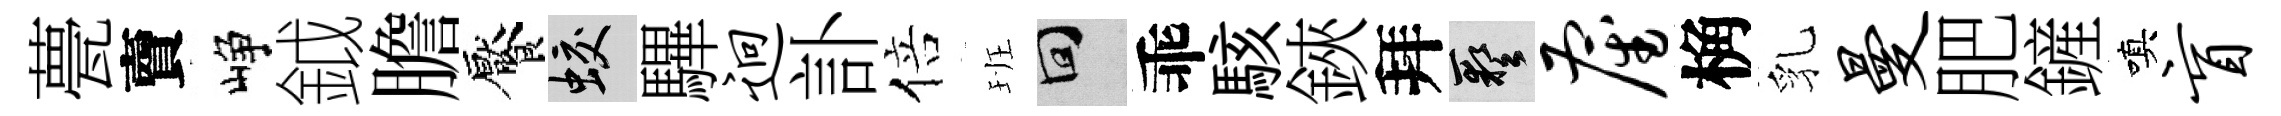
甍𧶠峥鉞膽饜蛟驆迥訃倍班回乖駭鋏拜藝雇桷乳曼肥鏟嗔盲